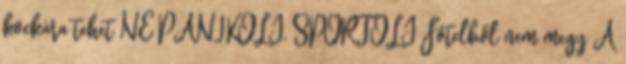
kockára tehet NE PÁNIKOLJ, SPORTOLJ Fotelből nem megy A